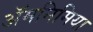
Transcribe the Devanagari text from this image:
ॲमनिमिया